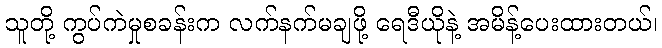
သူတို့ ကွပ်ကဲမှုစခန်းက လက်နက်မချဖို့ ရေဒီယိုနဲ့ အမိန့်ပေးထားတယ်၊